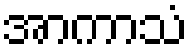
အာကာသံ